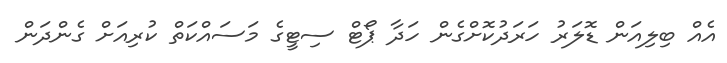
އެއް ބިލިއަން ޑޮލަރު ހަރަދުކޮށްގެން ހަދާ ޕޯޓް ސިޓީގެ މަސައްކަތް ކުރިއަށް ގެންދަން